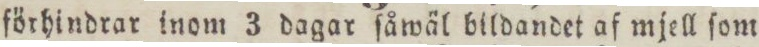
förhindrar inom 3 dagar ſåwäl bildandet af mjell ſom